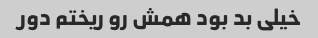
خیلی بد بود همش رو ریختم دور